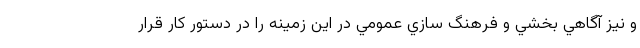
و نيز آگاهي بخشي و فرهنگ سازي عمومي در اين زمينه را در دستور كار قرار